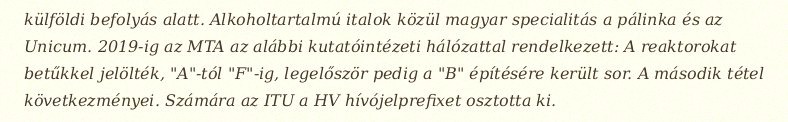
külföldi befolyás alatt. Alkoholtartalmú italok közül magyar specialitás a pálinka és az Unicum. 2019-ig az MTA az alábbi kutatóintézeti hálózattal rendelkezett: A reaktorokat betűkkel jelölték, "A"-tól "F"-ig, legelőször pedig a "B" építésére került sor. A második tétel következményei. Számára az ITU a HV hívójelprefixet osztotta ki.